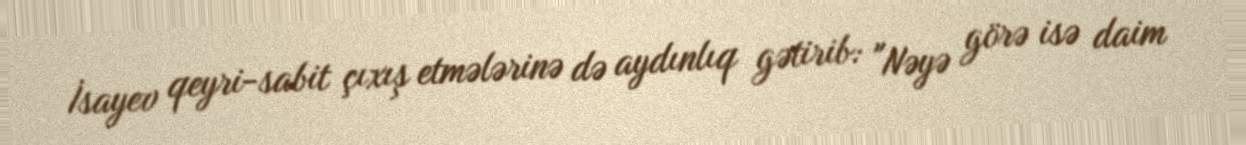
İsayev qeyri-sabit çıxış etmələrinə də aydınlıq gətirib: "Nəyə görə isə daim